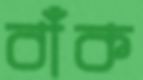
বাঁক